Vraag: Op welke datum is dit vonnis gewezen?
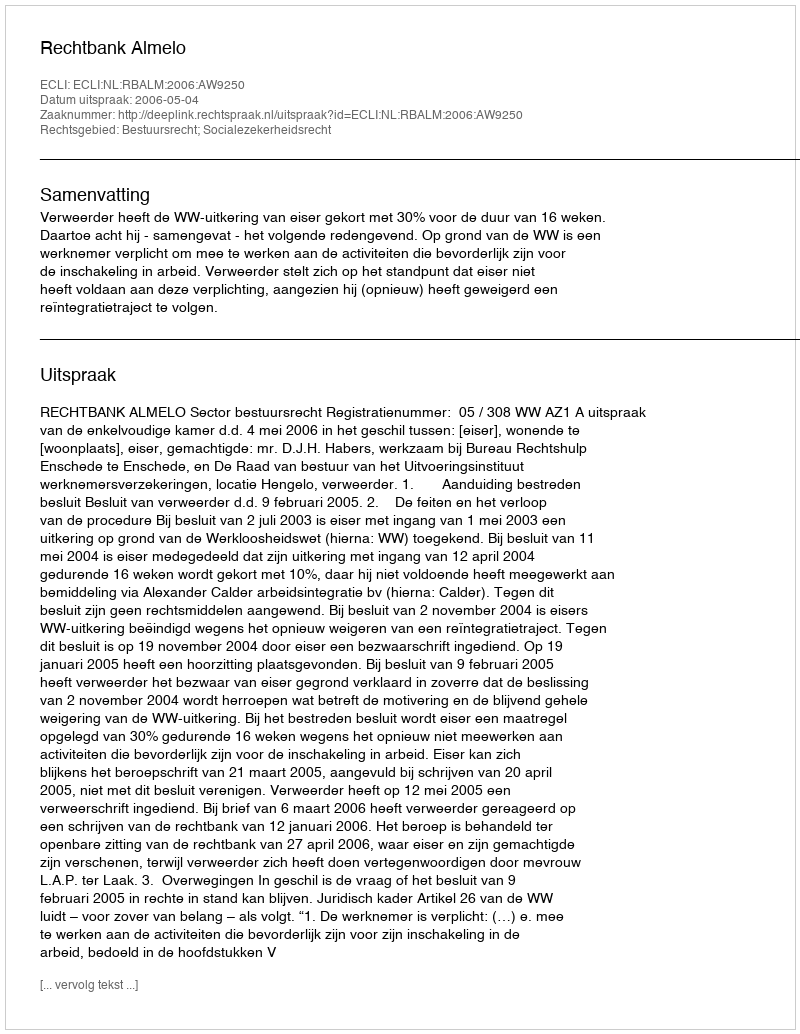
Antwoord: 2006-05-04